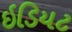
ઇડિયટ